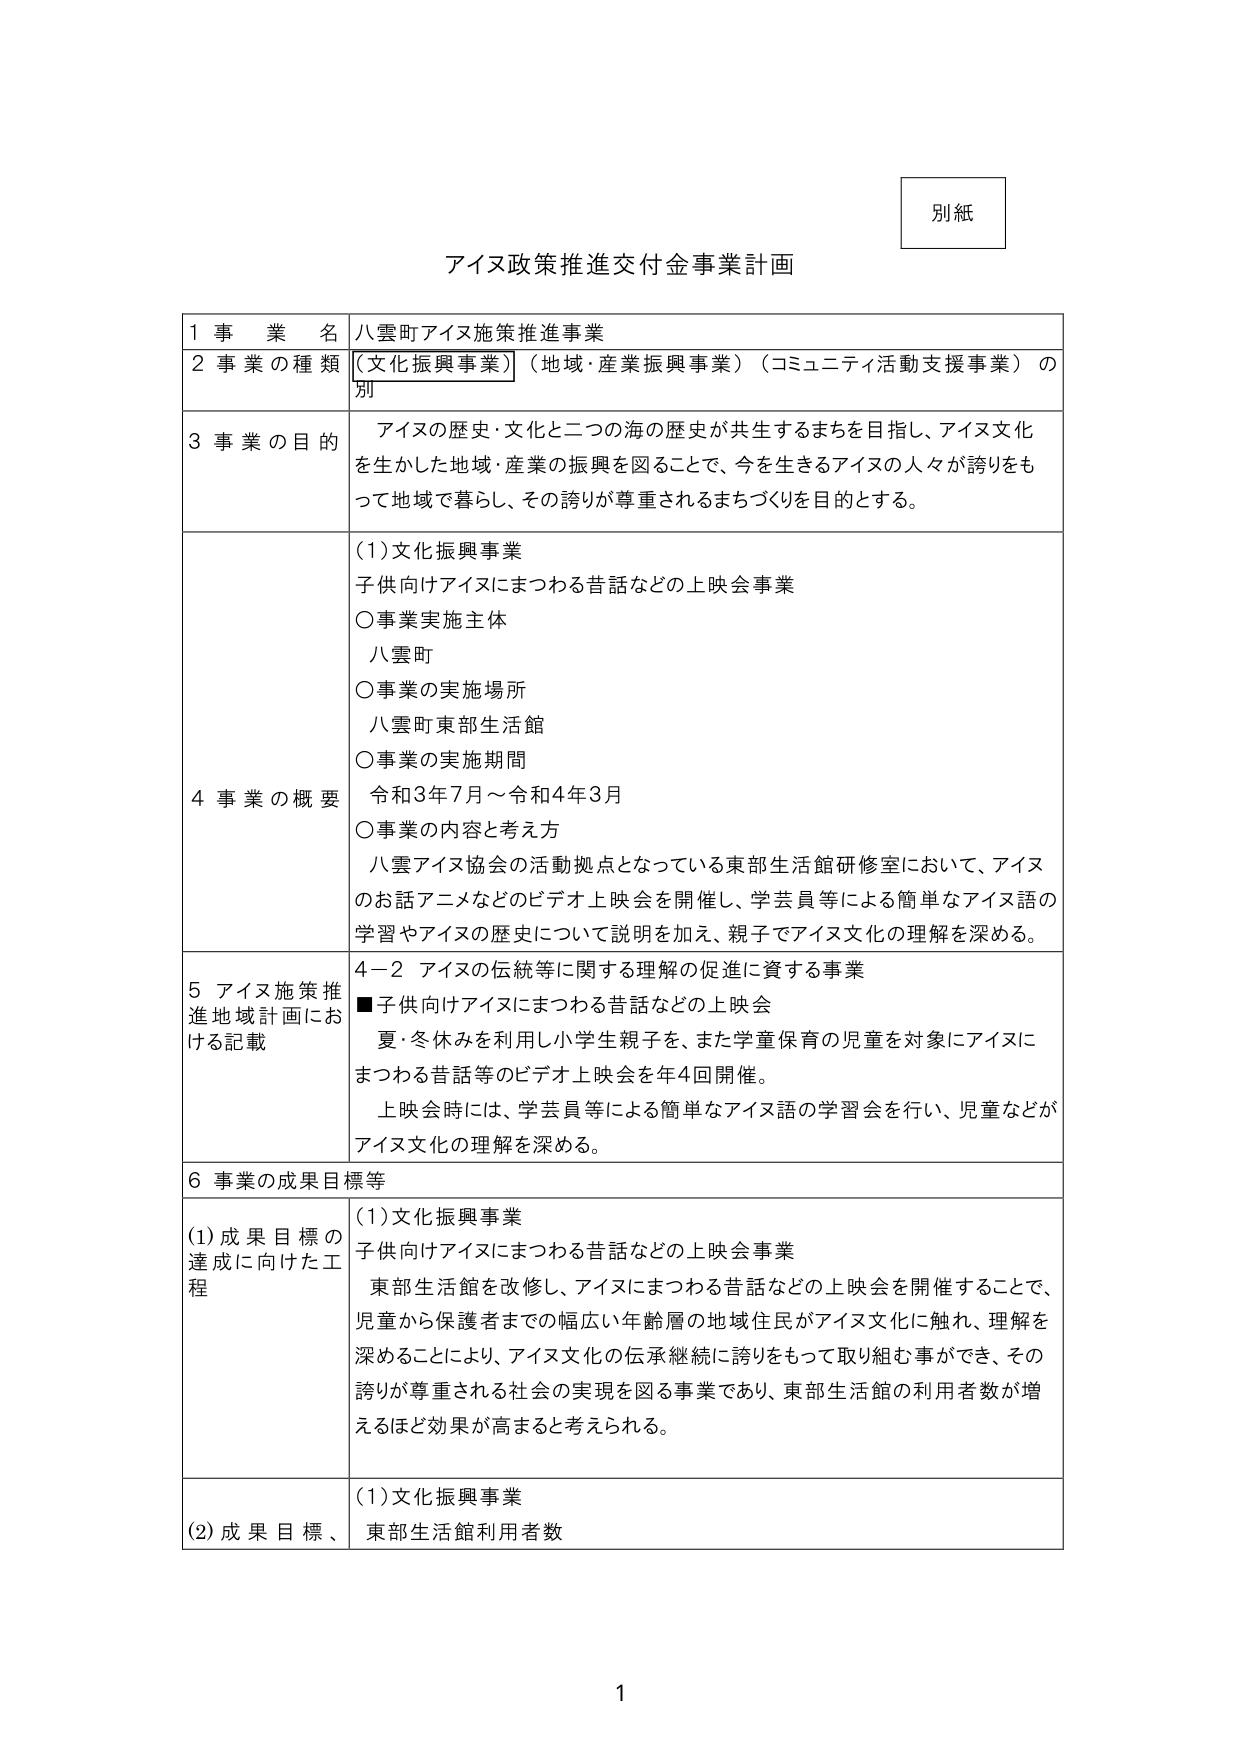
別紙

アイヌ政策推進交付金事業計画

1 事業名 八雲町アイヌ施策推進事業
2 事業の種類 （文化振興事業）（地域・産業振興事業）（コミュニティ活動支援事業）の別
3 事業の目的 アイヌの歴史・文化と二つの海の歴史が共生するまちを目指し、アイヌ文化を生かした地域・産業の振興を図ることで、今を生きるアイヌの人々が誇りをもって地域で暮らし、その誇りが尊重されるまちづくりを目的とする。
4 事業の概要 （1）文化振興事業
子供向けアイヌにまつわる昔話などの上映会事業
○事業実施主体
八雲町
○事業の実施場所
八雲町東部生活館
○事業の実施期間
令和3年7月～令和4年3月
○事業の内容と考え方
八雲アイヌ協会の活動拠点となっている東部生活館研修室において、アイヌのお話アニメなどのビデオ上映会を開催し、学芸員等による簡単なアイヌ語の学習やアイヌの歴史について説明を加え、親子でアイヌ文化の理解を深める。
5 アイヌ施策推進地域計画における記載 4－2 アイヌの伝統等に関する理解の促進に資する事業
■子供向けアイヌにまつわる昔話などの上映会
夏・冬休みを利用し小学生親子を、また学童保育の児童を対象にアイヌにまつわる昔話等のビデオ上映会を年4回開催。
上映会時には、学芸員等による簡単なアイヌ語の学習会を行い、児童などがアイヌ文化の理解を深める。
6 事業の成果目標等
（1）成果目標の達成に向けた工程 （1）文化振興事業
子供向けアイヌにまつわる昔話などの上映会事業
東部生活館を改修し、アイヌにまつわる昔話などの上映会を開催することで、児童から保護者までの幅広い年齢層の地域住民がアイヌ文化に触れ、理解を深めることにより、アイヌ文化の伝承継続に誇りをもって取り組む事ができ、その誇りが尊重される社会の実現を図る事業であり、東部生活館の利用者数が増えるほど効果が高まると考えられる。
（2）成果目標、 （1）文化振興事業
東部生活館利用者数

1